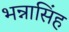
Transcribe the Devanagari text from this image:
भन्नासिंह